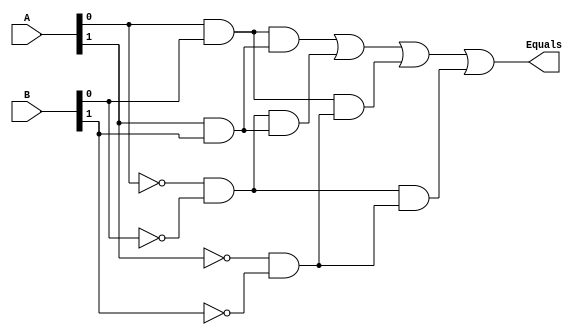
/*
--------------------------------------------------------------------------------
--                                                                            --
--               Application Assignment 4 Module 1 Course 2                   --
--                                                                            --
--------------------------------------------------------------------------------
--
-- [Replace [items in brackets] with your content]
-- @file HW4P1.v
-- @brief 2-bit Comparator
-- @version: 1.0 
-- Date of current revision:  @date [YYYY-MM-DD]  
-- Target FPGA: [Intel Altera MAX10] 
-- Tools used: [Quartus Prime 16.1] for editing and synthesis 
--             [Modeltech ModelSIM 10.4a Student Edition] for simulation 
--             [Quartus Prime 16.1]  for place and route if applied
--             
--  Functional Description:  This file contains the VHDL which describes the 
--               FPGA implementation of a Majority Vote Circuit. The inputs are  
--               signals A, B, C with one output Y that is true only if at  
--               least 2 of the inputs are true.
 
--  Hierarchy:  There is only one level in this simple design.
--  
--  Designed for: [Customer] 
--                [Address]
--                [City, ST ZIP]
--                [www.customer, phone number]
--  Designed by:  @author [your name] 
--                [Organization]
--                [email] 
-- 
--      Copyright (c) 2019 by Tim Scherr
--
-- Redistribution, modification or use of this software in source or binary
-- forms is permitted as long as the files maintain this copyright. Users are
-- permitted to modify this and use it to learn about the field of HDl code.
-- Tim Scherr and the University of Colorado are not liable for any misuse
-- of this material.
------------------------------------------------------------------------------
-- 
-- References and Resources:
--  - Followed example code from Chu Textbook Chapter 2
*/


module HW4P1 (
   input [1:0] A, B,
   output Equals
);
	// Define signals
	wire p0, p1, p2, p3;
	
	// Determine all possible combinations which are true
	assign p0 = (A[0] & B[0]) & (A[1] & B[1]);
	assign p1 = (~A[0] & ~B[0]) & (A[1] & B[1]);
	assign p2 = (A[0] & B[0]) & (~A[1] & ~B[1]);
	assign p3 = (~A[0] & ~B[0]) & (~A[1] & ~B[1]);
	
	// Sum of product terms
	assign Equals = p0 | p1 | p2 | p3;

endmodule